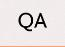
QA